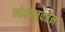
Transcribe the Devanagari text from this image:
लोकानुवर्तन